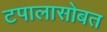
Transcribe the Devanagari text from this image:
टपालासोबत